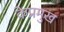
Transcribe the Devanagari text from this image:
केप्रमुख